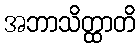
အဘာသိတ္ထာတိ